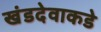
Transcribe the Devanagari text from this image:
खंडदेवाकडे